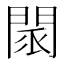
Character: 𨴖